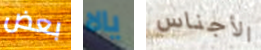
بعض يالا الأجناس